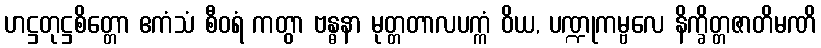
ဟဋ္ဌတုဋ္ဌစိတ္တော ဧကံသံ စီဝရံ ကတွာ ဗန္ဓနာ မုတ္တတာလပက္ကံ ဝိယ, ပဏ္ဍုကမ္ဗလေ နိက္ခိတ္တဇာတိမဏိ